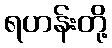
ရဟန်းတို့